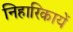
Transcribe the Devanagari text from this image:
निहारिकायें